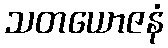
သတယောဇနံ